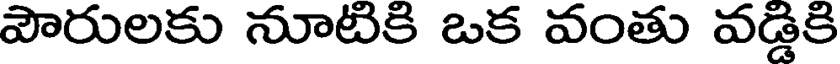
పౌరులకు నూటికి ఒక వంతు వడ్డికి